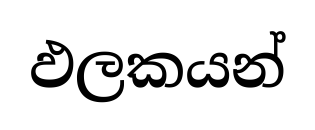
ඵලකයන්